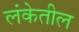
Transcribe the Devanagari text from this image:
लंकेतील